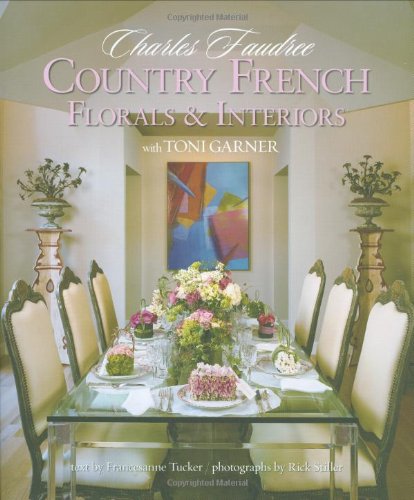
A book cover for Country French Florals & Interiors (Home Reference); Charles Faudree; Crafts, Hobbies & Home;